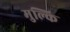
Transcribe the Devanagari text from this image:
मुल्कि